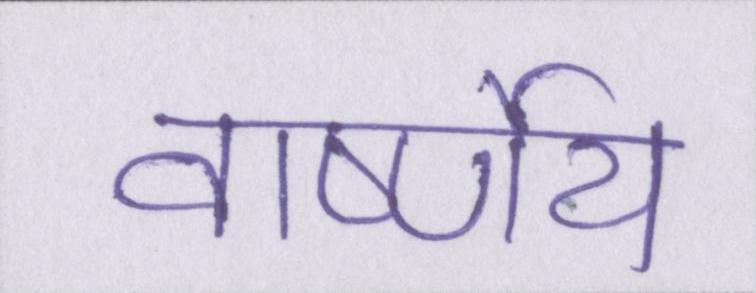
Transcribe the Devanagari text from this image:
वार्ष्णेय